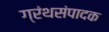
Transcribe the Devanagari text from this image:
ग्रंथसंपादक